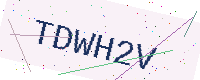
Text: TDWH2V